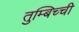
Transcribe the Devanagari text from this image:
तुम्बिच्ची